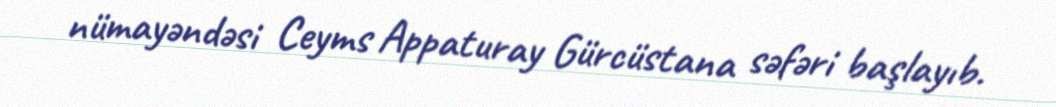
nümayəndəsi Ceyms Appaturay Gürcüstana səfəri başlayıb.